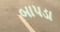
બાપડા